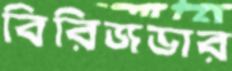
বিরিজডার